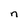
Character: n